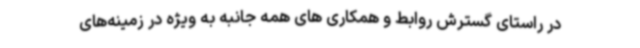
در راستای گسترش روابط و همکاری ‌های همه جانبه به ویژه در زمینه‌های